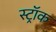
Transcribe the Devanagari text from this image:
स्ट्रॉक